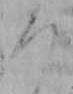
つ